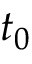
t _ { 0 }